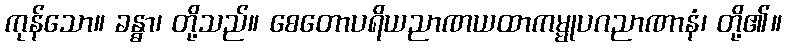
ကုန်သော။ ခန္ဓာ၊ တို့သည်။ စေတောပရိယညာဏယထာကမ္မုပဂညာဏာနံ၊ တို့၏။